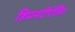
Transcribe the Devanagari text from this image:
हिमनदीरंजित